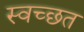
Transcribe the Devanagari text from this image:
स्वच्छत